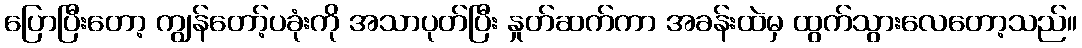
ပြောပြီးတော့ ကျွန်တော့်ပခုံးကို အသာပုတ်ပြီး နှုတ်ဆက်ကာ အခန်းထဲမှ ထွက်သွားလေတော့သည်။